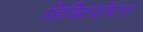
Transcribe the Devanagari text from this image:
डिक्टियॉप्टरा